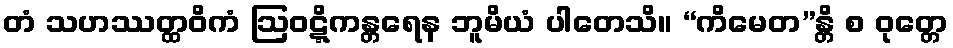
တံ သဟဿတ္ထဝိကံ ဩဝဋ္ဋိကန္တရေန ဘူမိယံ ပါတေသိ။ “ကိမေတ”န္တိ စ ဝုတ္တေ